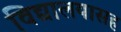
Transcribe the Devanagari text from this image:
विद्यालयासह